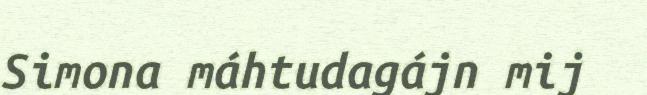
Simona máhtudagájn mij